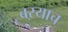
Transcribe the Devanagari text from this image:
बऱयाच